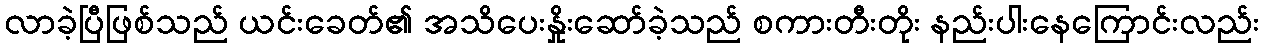
လာခဲ့ပြီဖြစ်သည် ယင်းခေတ်၏ အသိပေးနှိုးဆော်ခဲ့သည် စကားတီးတိုး နည်းပါးနေကြောင်းလည်း